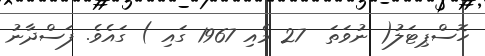
ހޮސްޕިޓަލު( ނުވަތަ  27 މެއި 1967 ގައި ) ގައެވެ. ފަސްދާނު